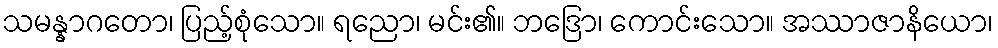
သမန္နာဂတော၊ ပြည့်စုံသော။ ရညော၊ မင်း၏။ ဘဒြော၊ ကောင်းသော။ အဿာဇာနိယော၊